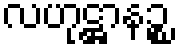
လဟုဋ္ဌာနဉ္စ